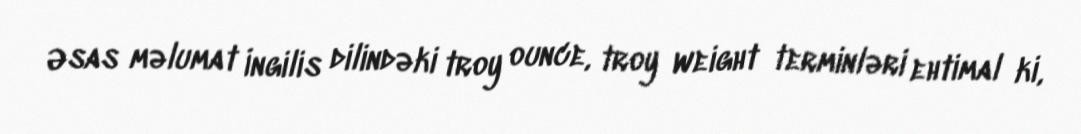
Əsas məlumat İngilis dilindəki troy ounce, troy weight terminləri ehtimal ki,